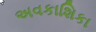
અવકાશિકા